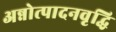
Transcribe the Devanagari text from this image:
अन्नोत्पादनवृद्धि